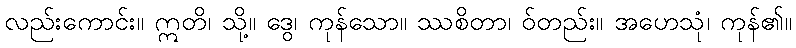
လည်းကောင်း။ ဣတိ၊ သို့။ ဒွေ၊ ကုန်သော။ ဿစိတာ၊ ဝ်တည်း။ အဟေသုံ၊ ကုန်၏။